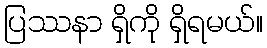
ပြဿနာ ရှိကို ရှိရမယ်။